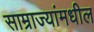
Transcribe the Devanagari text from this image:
साम्राज्यांमधील